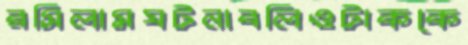
রসিলামঘটনাবলিওটাককে